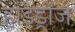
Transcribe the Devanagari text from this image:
हाइड्रोज